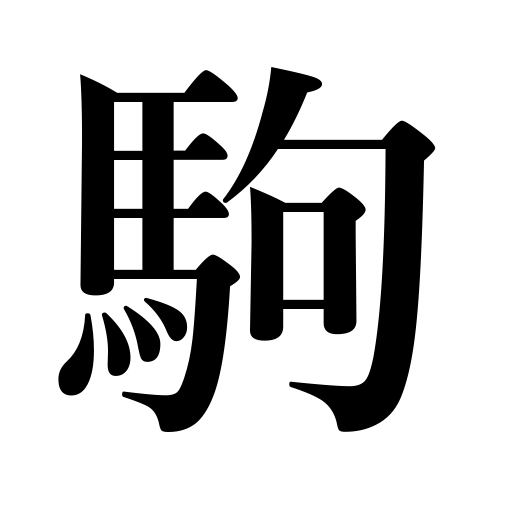
Meanings: pony,colt,bridge of a violin,horse,frame of a film,chessman